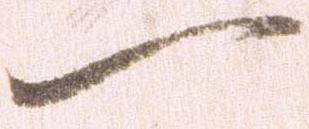
一